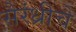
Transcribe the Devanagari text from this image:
सैरंध्रीचे